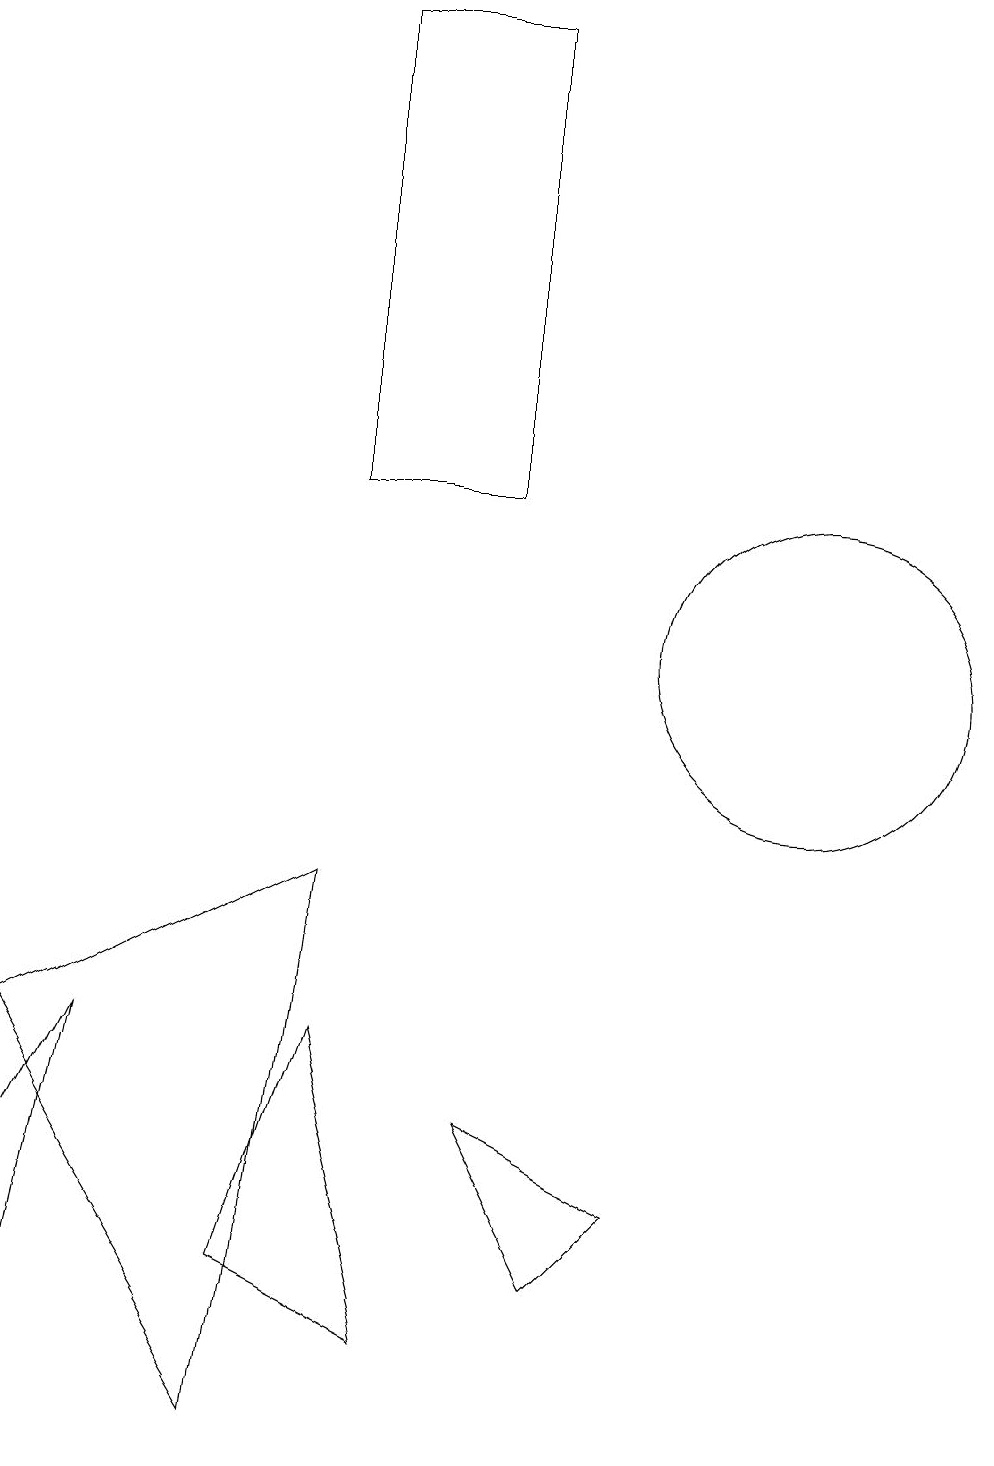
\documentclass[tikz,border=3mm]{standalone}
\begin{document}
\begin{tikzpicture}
\draw (0,0) -- (1,5) -- (0,3) -- cycle;
\draw (3,2) -- (5,1) -- (4,5) -- cycle;
\draw (8,3) -- (6,4) -- (7,2) -- cycle;
\draw (11,12) circle (0);
\draw (6,18) rectangle (4,12);
\draw (10,10) circle (0);
\draw (10,10) circle (2);
\draw (0,5) -- (3,0) -- (4,7) -- cycle;
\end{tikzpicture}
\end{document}